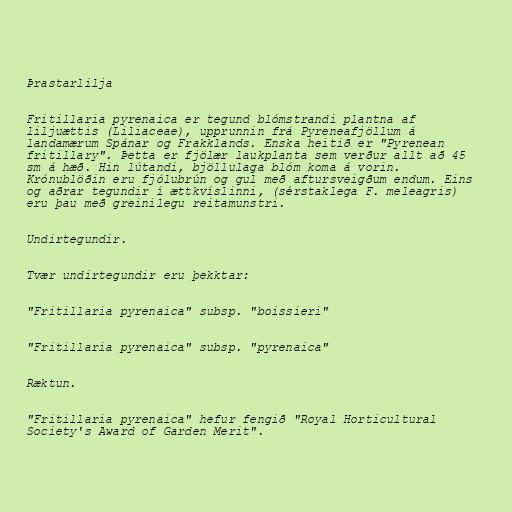
Þrastarlilja

Fritillaria pyrenaica er tegund blómstrandi plantna af
liljuættis (Liliaceae), upprunnin frá Pyreneafjöllum á
landamærum Spánar og Frakklands. Enska heitið er "Pyrenean
fritillary". Þetta er fjölær laukplanta sem verður allt að 45
sm á hæð. Hin lútandi, bjöllulaga blóm koma á vorin.
Krónublöðin eru fjólubrún og gul með aftursveigðum endum. Eins
og aðrar tegundir í ættkvíslinni, (sérstaklega F. meleagris)
eru þau með greinilegu reitamunstri.

Undirtegundir.

Tvær undirtegundir eru þekktar:

"Fritillaria pyrenaica" subsp. "boissieri"

"Fritillaria pyrenaica" subsp. "pyrenaica"

Ræktun.

"Fritillaria pyrenaica" hefur fengið "Royal Horticultural
Society's Award of Garden Merit".